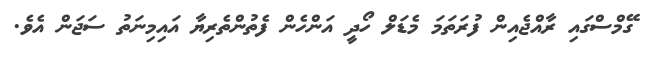
ގޭމްސްގައި ރާއްޖެއިން ފުރަތަމަ މެޑަލް ހޯދީ އަންހެން ފެތުންތެރިޔާ އައިމިނަތު ސަޖަން އެވެ.